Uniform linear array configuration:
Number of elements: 48
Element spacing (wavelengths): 0.75
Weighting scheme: hamming
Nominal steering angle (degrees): -30
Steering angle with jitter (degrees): -29.811
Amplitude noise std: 0.05
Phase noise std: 0.05

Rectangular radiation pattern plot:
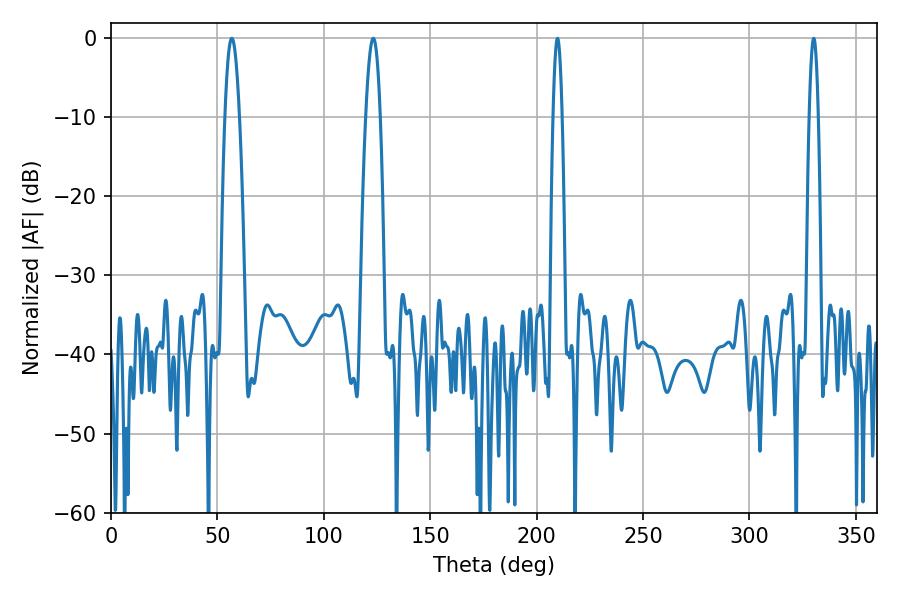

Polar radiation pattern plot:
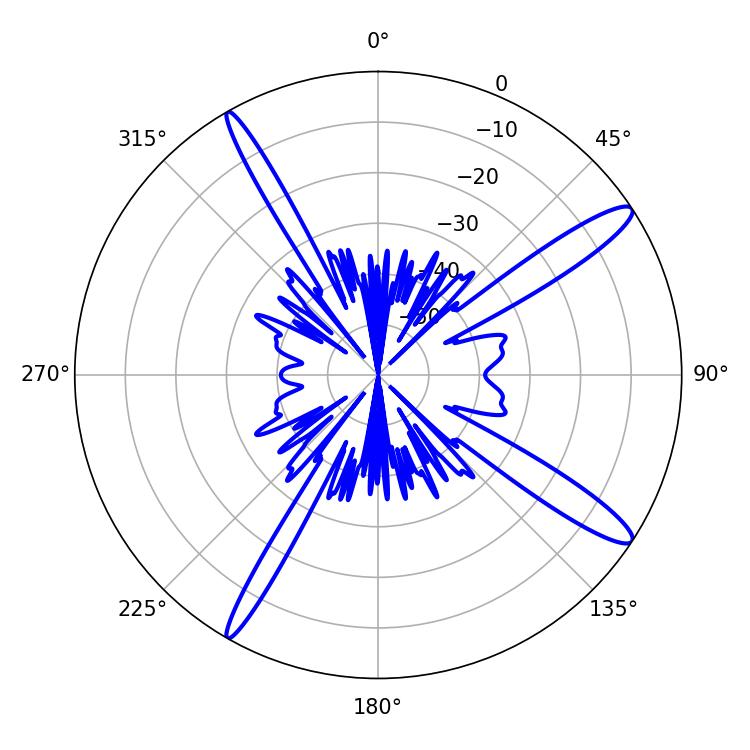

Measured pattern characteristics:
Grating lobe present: TRUE
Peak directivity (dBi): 14.27
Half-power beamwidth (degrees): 3.78
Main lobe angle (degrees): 56.7